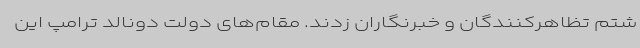
شتم تظاهرکنندگان و خبرنگاران زدند. مقام‌های دولت دونالد ترامپ این